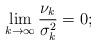
LaTeX: \begin{align*}\lim_{k \to \infty}\frac{\nu_k}{\sigma^2_k} = 0;\end{align*}